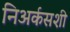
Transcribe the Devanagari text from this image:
निअर्कसशी